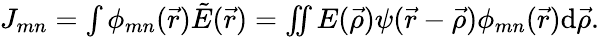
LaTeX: \begin{array}{r}{J_{mn}=\int\phi_{mn}(\vec{r})\tilde{E}(\vec{r})=\iint E(\vec{\rho})\psi(\vec{r}-\vec{\rho})\phi_{mn}(\vec{r})\mathrm{d}\vec{\rho}.}\end{array}